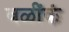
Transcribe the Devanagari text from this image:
वळींकं